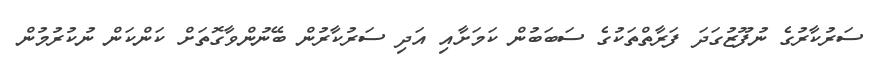
ސަރުކާރުގެ ނުފޫޒުގަދަ ފަރާތްތަކުގެ ސަބަބުން ކަމަށާއި އަދި ސަރުކާރުން ބޭނުންވާގޮތަށް ކަންކަން ނުކުރުމުން